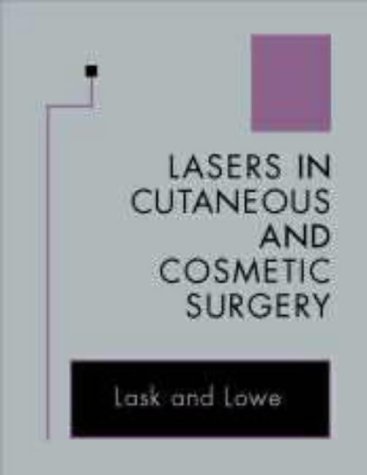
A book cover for Lasers in Cutaneous and Cosmetic Surgery, 1e; Gary P. Lask MD; Medical Books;